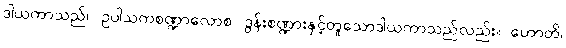
ဒါယကာသည်။ ဥပါသကစဏ္ဍာလောစ၊ ဒွန်းစဏ္ဍားနှင့်တူသောဒါယကာသည်လည်း။ ဟောတိ၊